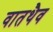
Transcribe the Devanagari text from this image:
वातथैव